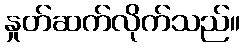
နှုတ်ဆက်လိုက်သည်။